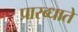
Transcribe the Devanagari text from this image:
प्रारब्धाते